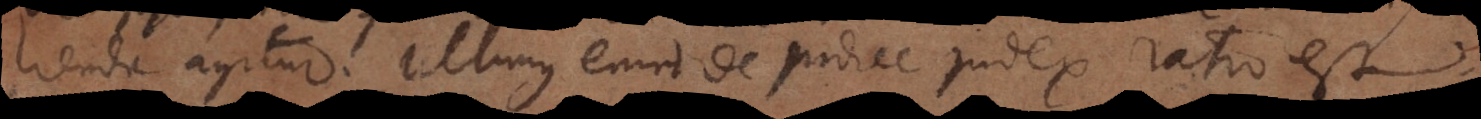
lienda agitur. Ultimus enim de judice judex ratio est